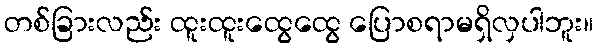
တစ်ခြားလည်း ထူးထူးထွေထွေ ပြောစရာမရှိလှပါဘူး။